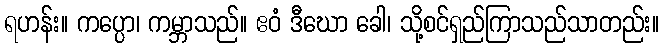
ရဟန်း။ ကပ္ပော၊ ကမ္ဘာသည်။ ဧဝံ ဒီဃော ခေါ၊ သို့စင်ရှည်ကြာသည်သာတည်း။